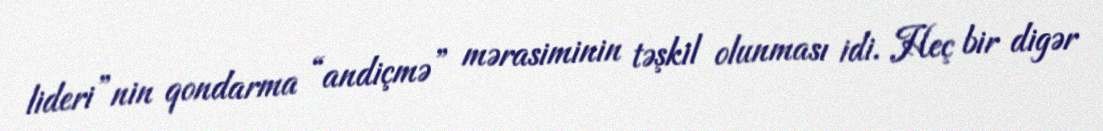
lideri”nin qondarma “andiçmə” mərasiminin təşkil olunması idi. Heç bir digər